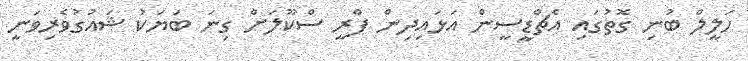
ހަލީލް ބުނި ގޮތުގައި އެޗްޑީސީން އަޅައިދިން ޕްރީ ސްކޫލަށް ގިނަ ބަޔަކު ޝައުގުވެރިވަނީ